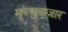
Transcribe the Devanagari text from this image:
मच्चुबाजार